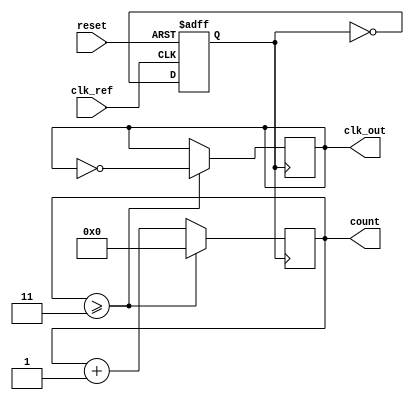
module pll_type2 (
    input wire        clk_ref,      // Reference frequency input
    input wire        reset,        // Reset signal
    output reg        clk_out,      // Output frequency (phased-locked output)
    output reg [3:0] count          // Count output (for divider purpose)
);

// Parameters
parameter N = 4;                     // Division factor for feedback
parameter Kp = 2;                    // Proportional gain
parameter Ki = 1;                    // Integral gain
parameter COUNTER_MAX = 15;          // Max value for counter

// Internal signals
reg [3:0] phase_error;               // Phase error from phase detector
reg [7:0] vco_control_voltage;        // Control voltage for VCO
reg [3:0] feedback;                   // Feedback signal from the VCO
reg [3:0] phase_accumulator;          // Phase accumulator for the PLL
reg [3:0] integrator;                 // Integrator for the loop filter
reg vco_clk;                          // VCO clock output
reg [3:0] vco_freq;                   // Frequency output from VCO

// Phase Detector: Simple XOR for phase comparison
always @(posedge clk_ref or posedge reset) begin
    if (reset) begin
        phase_error <= 0;
    end else begin
        phase_error <= (clk_out ^ clk_ref); // Simple phase comparison (1 or 0)
    end
end

// Loop Filter: Proportional-Integral controller
always @(posedge clk_ref or posedge reset) begin
    if (reset) begin
        integrator <= 0;
        vco_control_voltage <= 0;
    end else begin
        // Proportional part
        vco_control_voltage <= Kp * phase_error;
        // Integral part
        integrator <= integrator + (Ki * phase_error);

        // Control voltage for VCO
        vco_control_voltage <= vco_control_voltage + integrator;
    end
end

// Voltage-Controlled Oscillator (VCO)
always @(posedge clk_ref or posedge reset) begin
    if (reset) begin
        vco_freq <= 0;
        vco_clk <= 0;
    end else begin
        // Adjust frequency based on control voltage (simple linear relationship)
        vco_freq <= vco_control_voltage[3:0]; // Example: use lower bits for frequency
        vco_clk <= ~vco_clk; // Toggle output clock
    end
end

// Feedback Divider
always @(posedge vco_clk) begin
    if (count >= N - 1) begin
        count <= 0;         // Reset count
        clk_out <= ~clk_out; // Toggle output frequency
    end else begin
        count <= count + 1; // Increment count
    end
end

endmodule